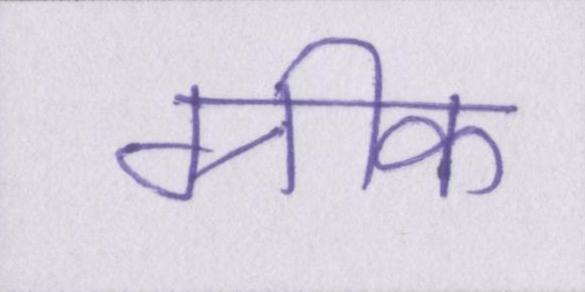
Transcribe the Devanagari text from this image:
ग्रीक